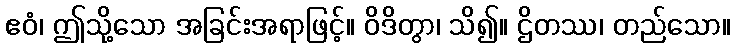
ဧဝံ၊ ဤသို့သော အခြင်းအရာဖြင့်။ ဝိဒိတွာ၊ သိ၍။ ဌိတဿ၊ တည်သော။